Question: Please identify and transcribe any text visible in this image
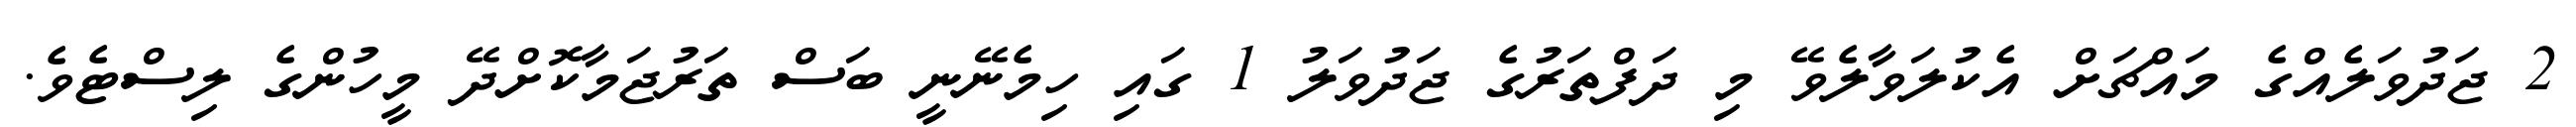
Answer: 2 ޖަދުވަލެއްގެ މައްޗަށް އެކުލަވާލެވޭ މި ދަފްތަރުގެ ޖަދުވަލު 1 ގައި ހިމެނޭނީ ބަސް ތަރުޖަމާކޮށްދޭ މީހުންގެ ލިސްޓެވެ.